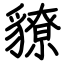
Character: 䝤